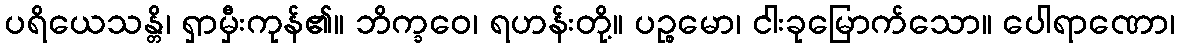
ပရိယေသန္တိ၊ ရှာမှီးကုန်၏။ ဘိက္ခဝေ၊ ရဟန်းတို့။ ပဉ္စမော၊ ငါးခုမြောက်သော။ ပေါရာဏော၊